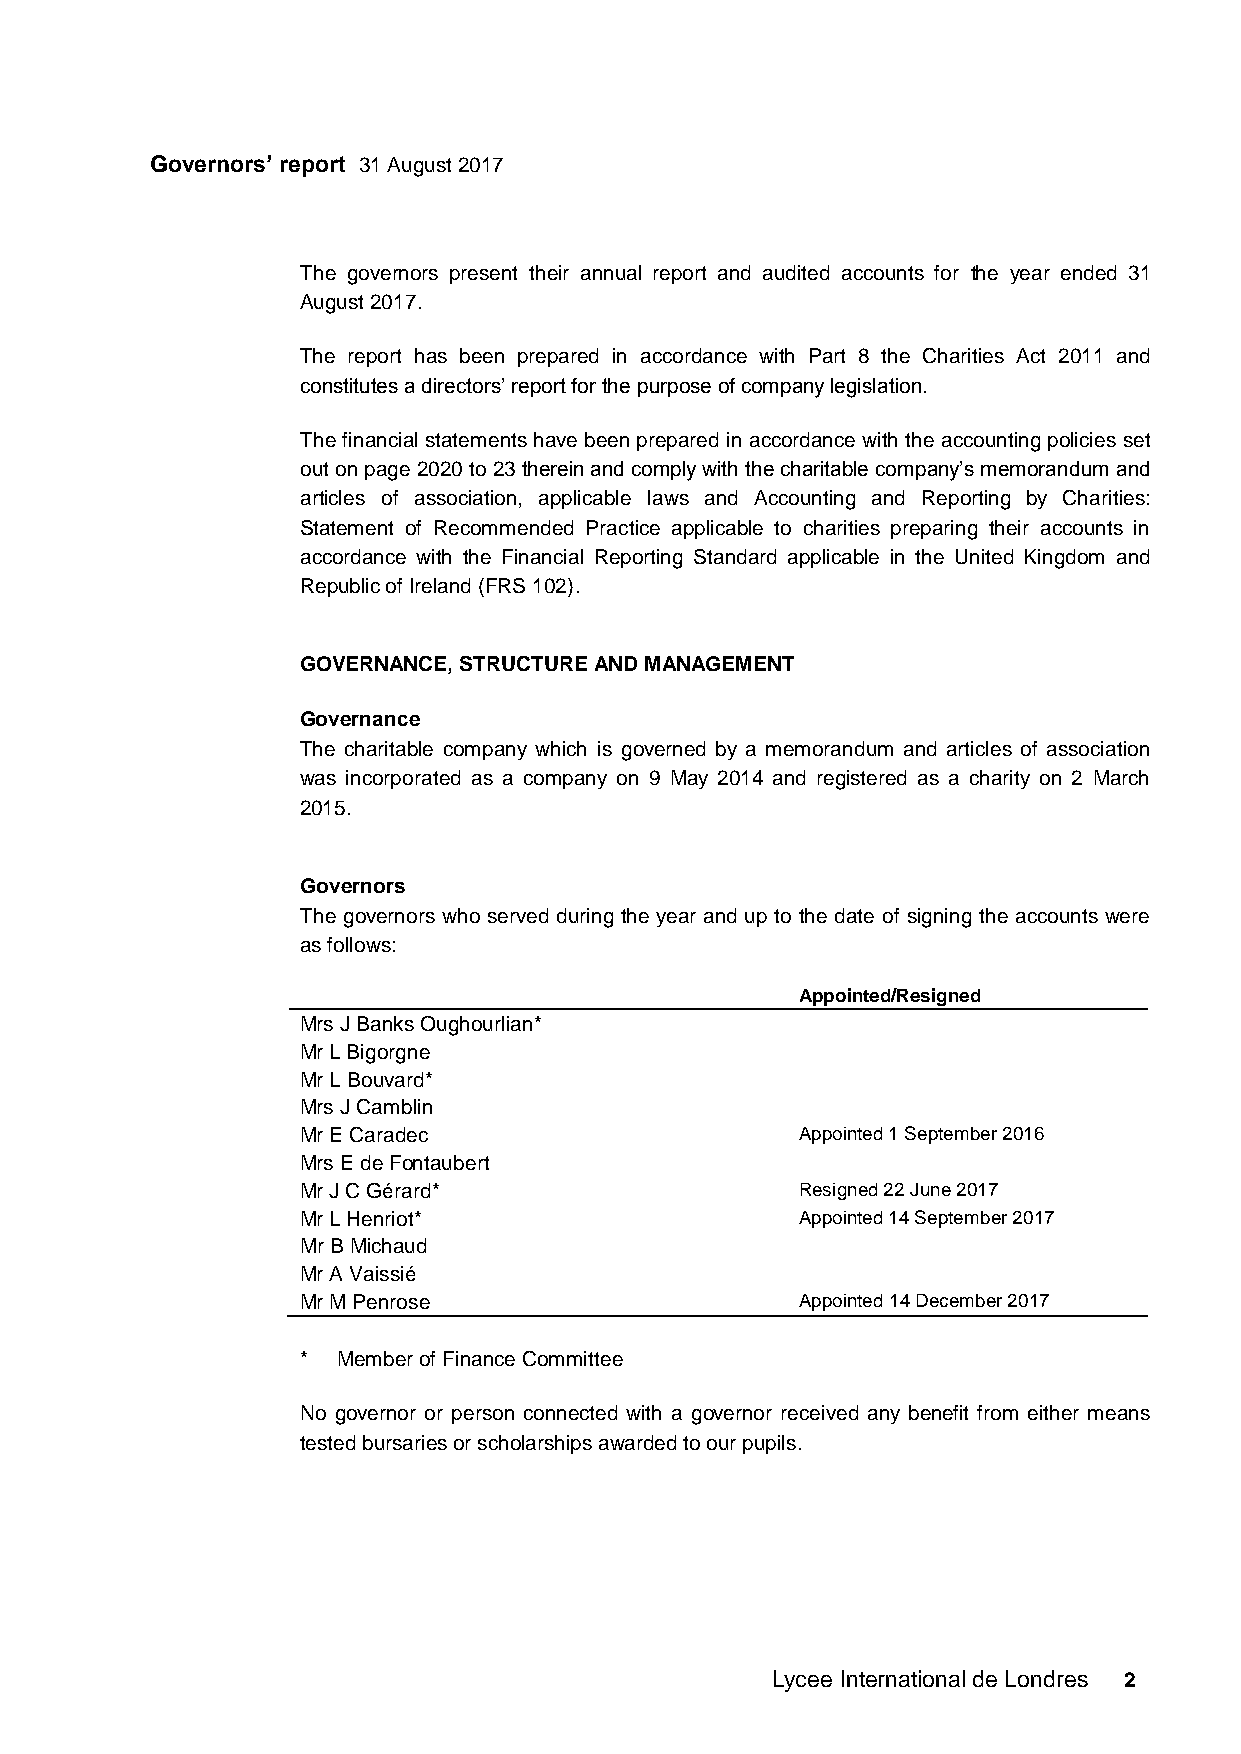
Governors’ report 31 August 2017
 The governors present their annual report and audited accounts for the year ended 31
 August 2017.
 The report has been prepared in accordance with Part 8 the Charities Act 2011 and
 constitutes a directors’ report for the purpose of company legislation.
 The financial statements have been prepared in accordance with the accounting policies set
 out on page 2020 to 23 therein and comply with the charitable company’s memorandum and
 articles of association, applicable laws and Accounting and Reporting by Charities:
 Statement of Recommended Practice applicable to charities preparing their accounts in
 accordance with the Financial Reporting Standard applicable in the United Kingdom and
 Republic of Ireland (FRS 102).
 GOVERNANCE, STRUCTURE AND MANAGEMENT
 Governance
 The charitable company which is governed by a memorandum and articles of association
 was incorporated as a company on 9 May 2014 and registered as a charity on 2 March
 2015.
 Governors
 The governors who served during the year and up to the date of signing the accounts were
 as follows:
 Appointed/Resigned
 Mrs J Banks Oughourlian*
 Mr L Bigorgne
 Mr L Bouvard*
 Mrs J Camblin
 Mr E Caradec                     Appointed 1 September 2016
 Mrs E de Fontaubert
 Mr J C Gérard*                   Resigned 22 June 2017
 Mr L Henriot*                    Appointed 14 September 2017
 Mr B Michaud
 Mr A Vaissié
 Mr M Penrose                     Appointed 14 December 2017
 * Member of Finance Committee
 No governor or person connected with a governor received any benefit from either means
 tested bursaries or scholarships awarded to our pupils.
 Lycee International de Londres 2